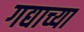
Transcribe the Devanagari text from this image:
गद्याच्या